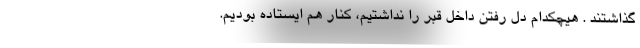
گذاشتند . هیچکدام دل رفتن داخل قبر را نداشتیم، کنار هم ایستاده بودیم.